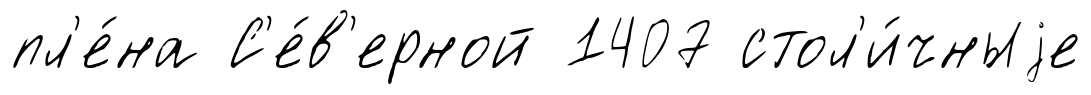
пл'е́на С'е́в'ерной 1407 стол'и́чныjе